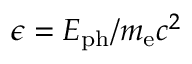
\epsilon = E _ { \mathrm { p h } } / m _ { \mathrm { e } } c ^ { 2 }